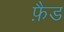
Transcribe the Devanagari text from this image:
फ़ैड